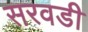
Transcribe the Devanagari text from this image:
सरवडी